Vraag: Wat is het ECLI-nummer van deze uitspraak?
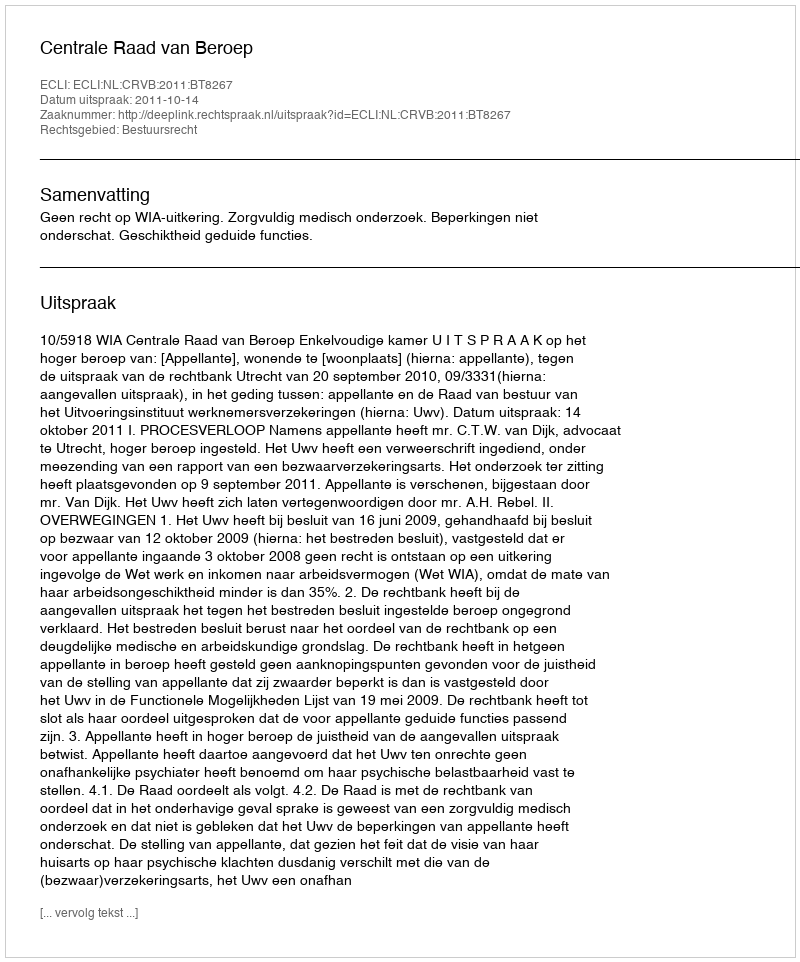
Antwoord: ECLI:NL:CRVB:2011:BT8267